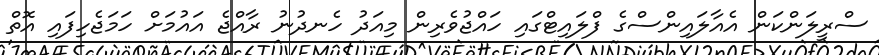
ސްރީލަންކަން އެއާލައިންސްގެ ފްލައިޓްގައި ހައްޖުވެރިން މިއަދު ހެނދުނު ރާއްޖެ އައުމަށް ހަމަޖެހިފައި އޮތް